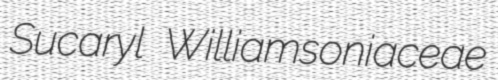
Sucaryl Williamsoniaceae